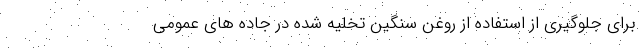
برای جلوگیری از استفاده از روغن سنگین تخلیه شده در جاده های عمومی